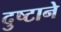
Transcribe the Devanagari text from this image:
दुष्टाने